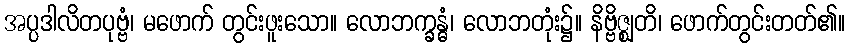
အပ္ပဒါလိတပုဗ္ဗံ၊ မဖောက် တွင်းဖူးသော။ လောဘက္ခန္ဓံ၊ လောဘတုံး၌။ နိဗ္ဗိဇ္ဈတိ၊ ဖောက်တွင်းတတ်၏။